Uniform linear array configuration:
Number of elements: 16
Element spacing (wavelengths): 0.25
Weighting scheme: kaiser
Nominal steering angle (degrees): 45
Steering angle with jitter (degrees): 43.012
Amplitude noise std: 0.05
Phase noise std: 0.05

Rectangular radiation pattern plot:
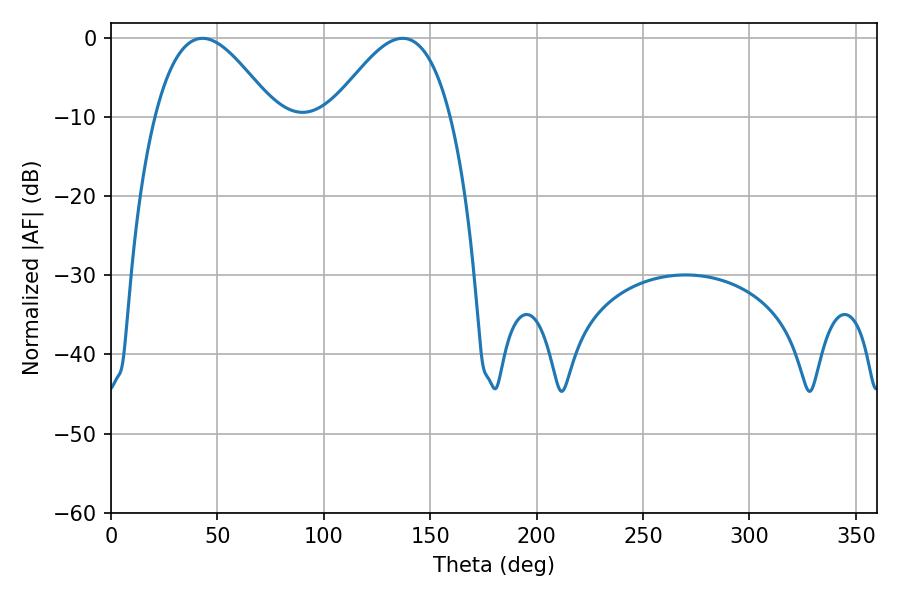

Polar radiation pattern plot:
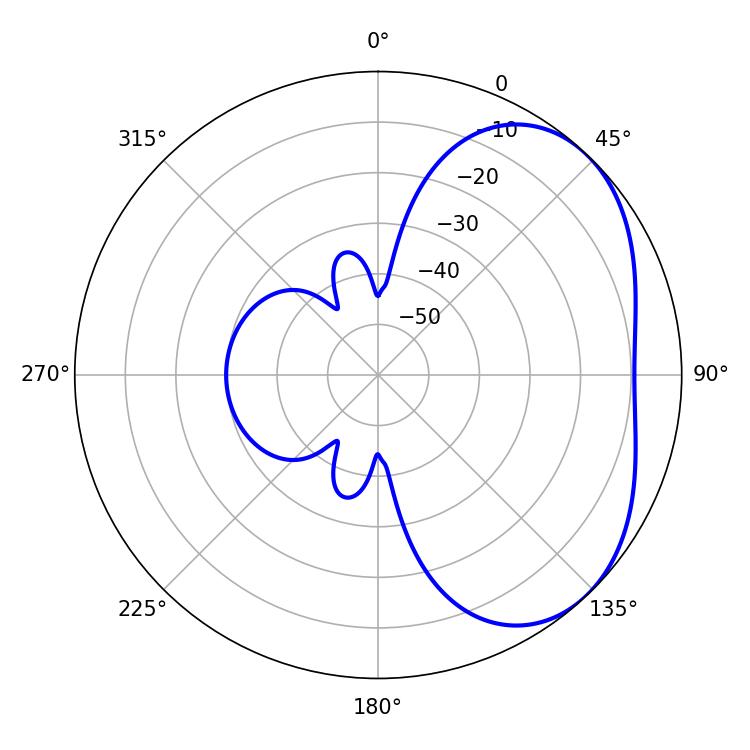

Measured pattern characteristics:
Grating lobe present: FALSE
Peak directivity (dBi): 3.684
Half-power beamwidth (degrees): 30.42
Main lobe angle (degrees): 43.02